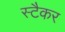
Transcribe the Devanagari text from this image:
स्टैकर